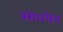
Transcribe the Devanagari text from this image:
सोवयेत